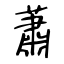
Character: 蕭